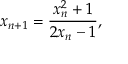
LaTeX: x _ { n + 1 } = { \frac { x _ { n } ^ { 2 } + 1 } { 2 x _ { n } - 1 } } ,